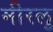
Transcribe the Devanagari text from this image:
मीरलू